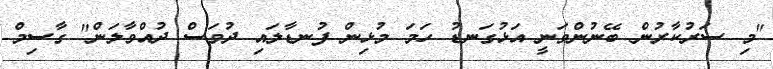
"މި ސަރުކާރުން ބޭނުންވަނީ އަޅުގަނޑު ހަމަ މުޅިން ފުނޑާލައި ދުވަސް ދުއްވާލަން" ގާސިމް